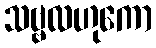
သဗ္ဗလဟုကော